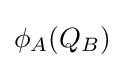
\phi _{A}(Q_{B})